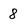
Character: 8